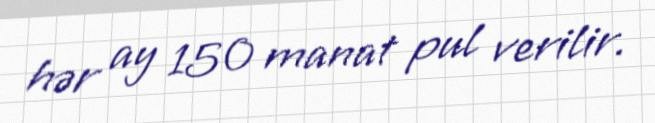
hər ay 150 manat pul verilir.